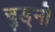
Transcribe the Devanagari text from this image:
चुड्नो